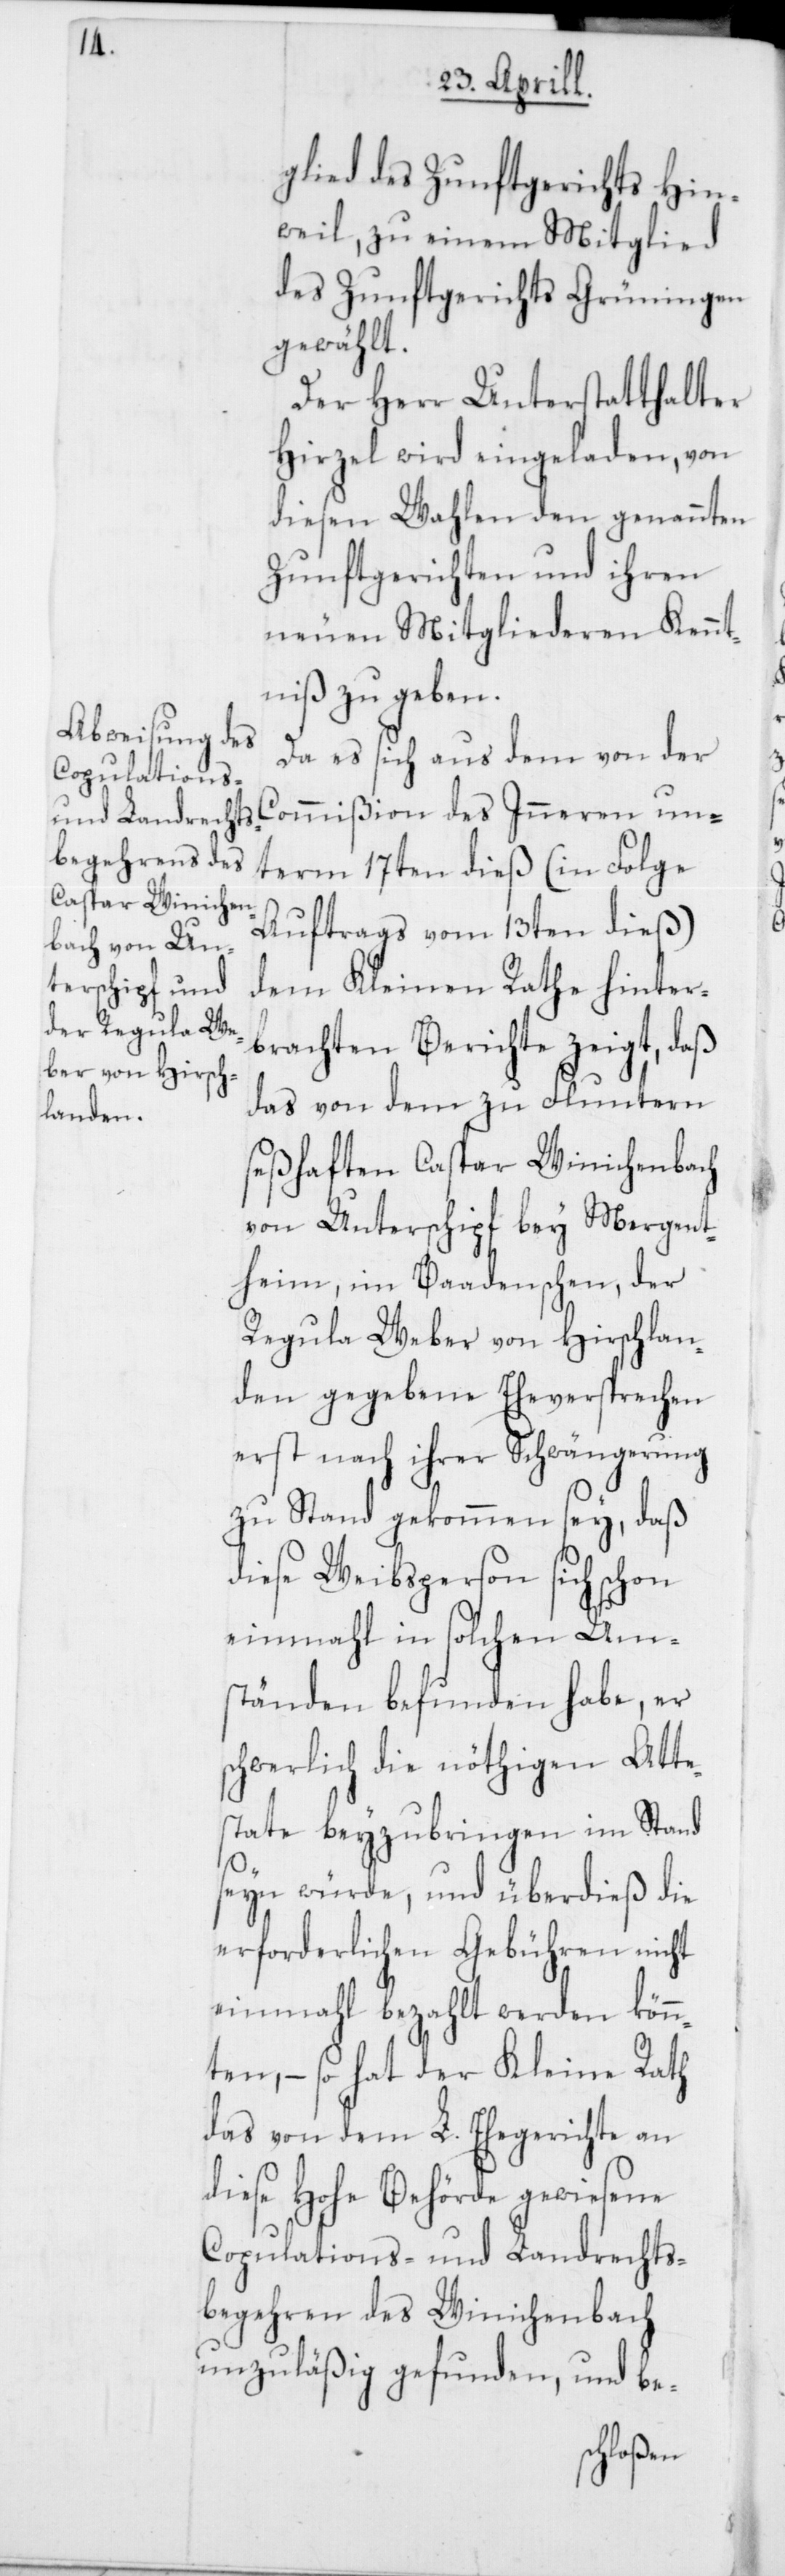
glied des Zunftgerichts Hin¬
weil, zu einem Mitglied
des Zunftgerichts Grüningen
gewählt.
Der Herr Unterstatthalter
Hirzel wird eingeladen, von
diesen Wahlen den genannten
Zunftgerichten und ihren
neuen Mitgliederen Kennt¬
niß zu geben.
Da es sich aus dem von der
Commißion des Inneren un¬
term 17ten dieß (in Folge
Auftrags vom 13ten dieß)
dem Kleinen Rathe hinter¬
brachten Berichte zeigt, daß
das von dem zu Fluntern
seßhaften Caspar Winichenbach
von Unterschipf bey Mergent¬
heim, im Baadenschen, der
Regula Weber von Hirschlan¬
den gegebene Eheversprechen
erst nach ihrer Schwängerung
zu Stand gekommen sey, daß
diese Weibsperson sich schon
einmahl in solchen Um¬
ständen befunden habe, er
schwerlich die nöthigen Atte¬
state beyzubringen im Stand
seyn würde, und überdieß die
erforderlichen Gebühren nicht
einmahl bezahlt werden könn¬
ten, – so hat der Kleine Rath
das von dem L. Ehegerichte an
diese Hohe Behörde gewiesene
Copulations- und Landrechts¬
begehren des Winichenbach
unzuläßig gefunden, und be-